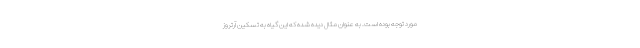
مورد توجه بوده است. به عنوان مثال دیده شده که این گیاه به تسکین آرتروز